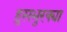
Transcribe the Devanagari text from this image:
हुसभुरक्या